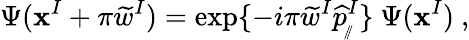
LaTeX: \Psi(\mathbf{x}^{I}+\pi\widetilde{{w}}^{I})=\exp\{ -i\pi\widetilde{{w}}^{I}\widehat{{p}}_{_{\! /\! /}}^{I}\} \ \Psi(\mathbf{x}^{I})\ ,